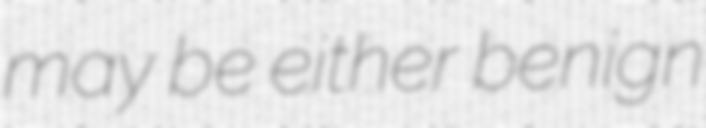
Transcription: may be either benign